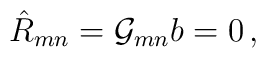
\hat{R}_{mn}={\cal G}_{mn}b=0 \, ,